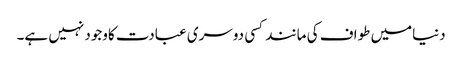
دنیامیں طواف کی مانند کسی دوسری عبادت کاوجود نہیں ہے۔